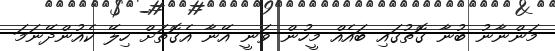
މަންނާނު ބުނާ ގޮތުގައި ބައެއް މީހުން ވަނީ އޭނާ އެގޮތަށް ހިލޭ ކެއުންދޭނަމަ